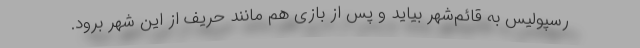
رسپولیس به قائم‌شهر بیاید و پس از بازی هم مانند حریف از این شهر برود.